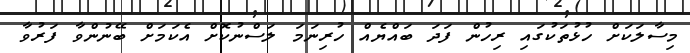
މިސާލަކަށް ހުޅުތަކުގައި ރިހުން ފަދަ ބައްޔެއް ހުރިނަމަ ލަސްނުކޮށް އެކަމަށް ބޭނުންވާ ފަރުވާ